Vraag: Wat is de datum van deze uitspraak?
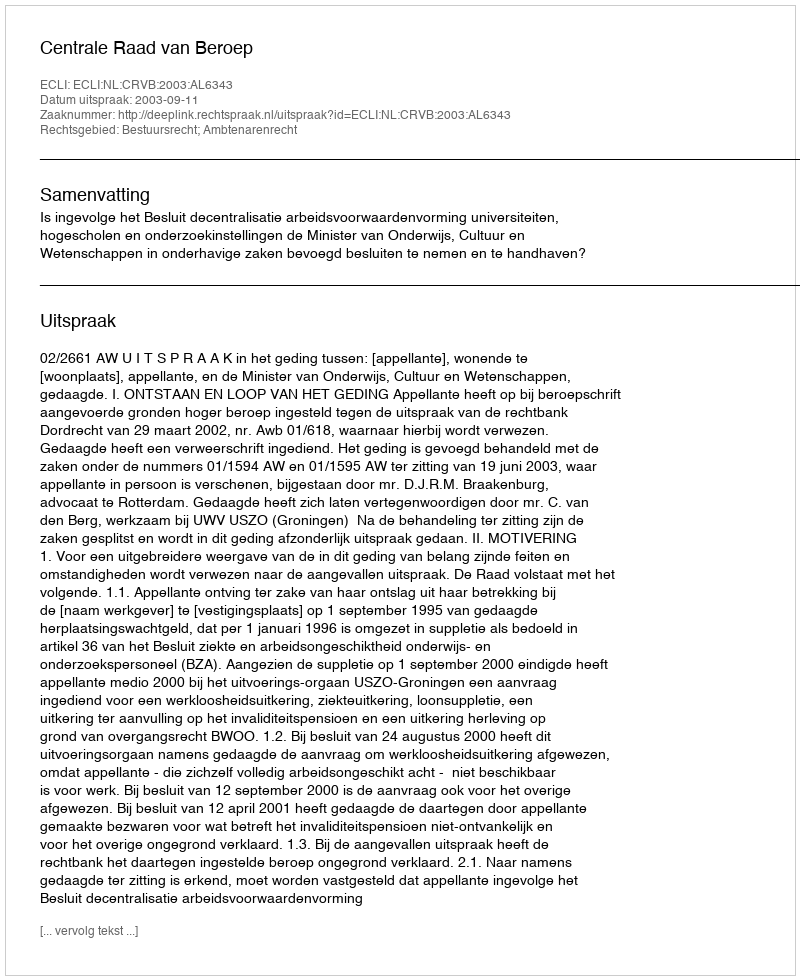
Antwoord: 2003-09-11